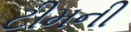
ટીમની